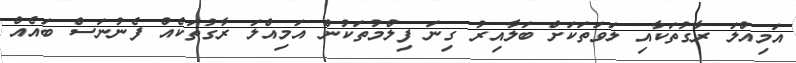
އަމިއްލަ ރާގުތަކާއި ލަވަތަކަށް ބަލާއިރު ގިނަ ފިލްމުތަކުން އަމިއްލަ ރާގުތަކެއް ފެނުނަސް ބައެއް